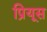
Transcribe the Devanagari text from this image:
प्रियूस